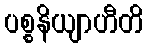
ပစ္စနိယျာဟီတိ